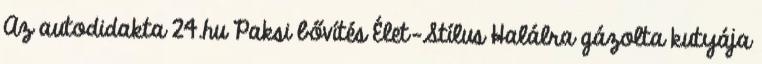
Az autodidakta 24.hu Paksi bővítés Élet-Stílus Halálra gázolta kutyája